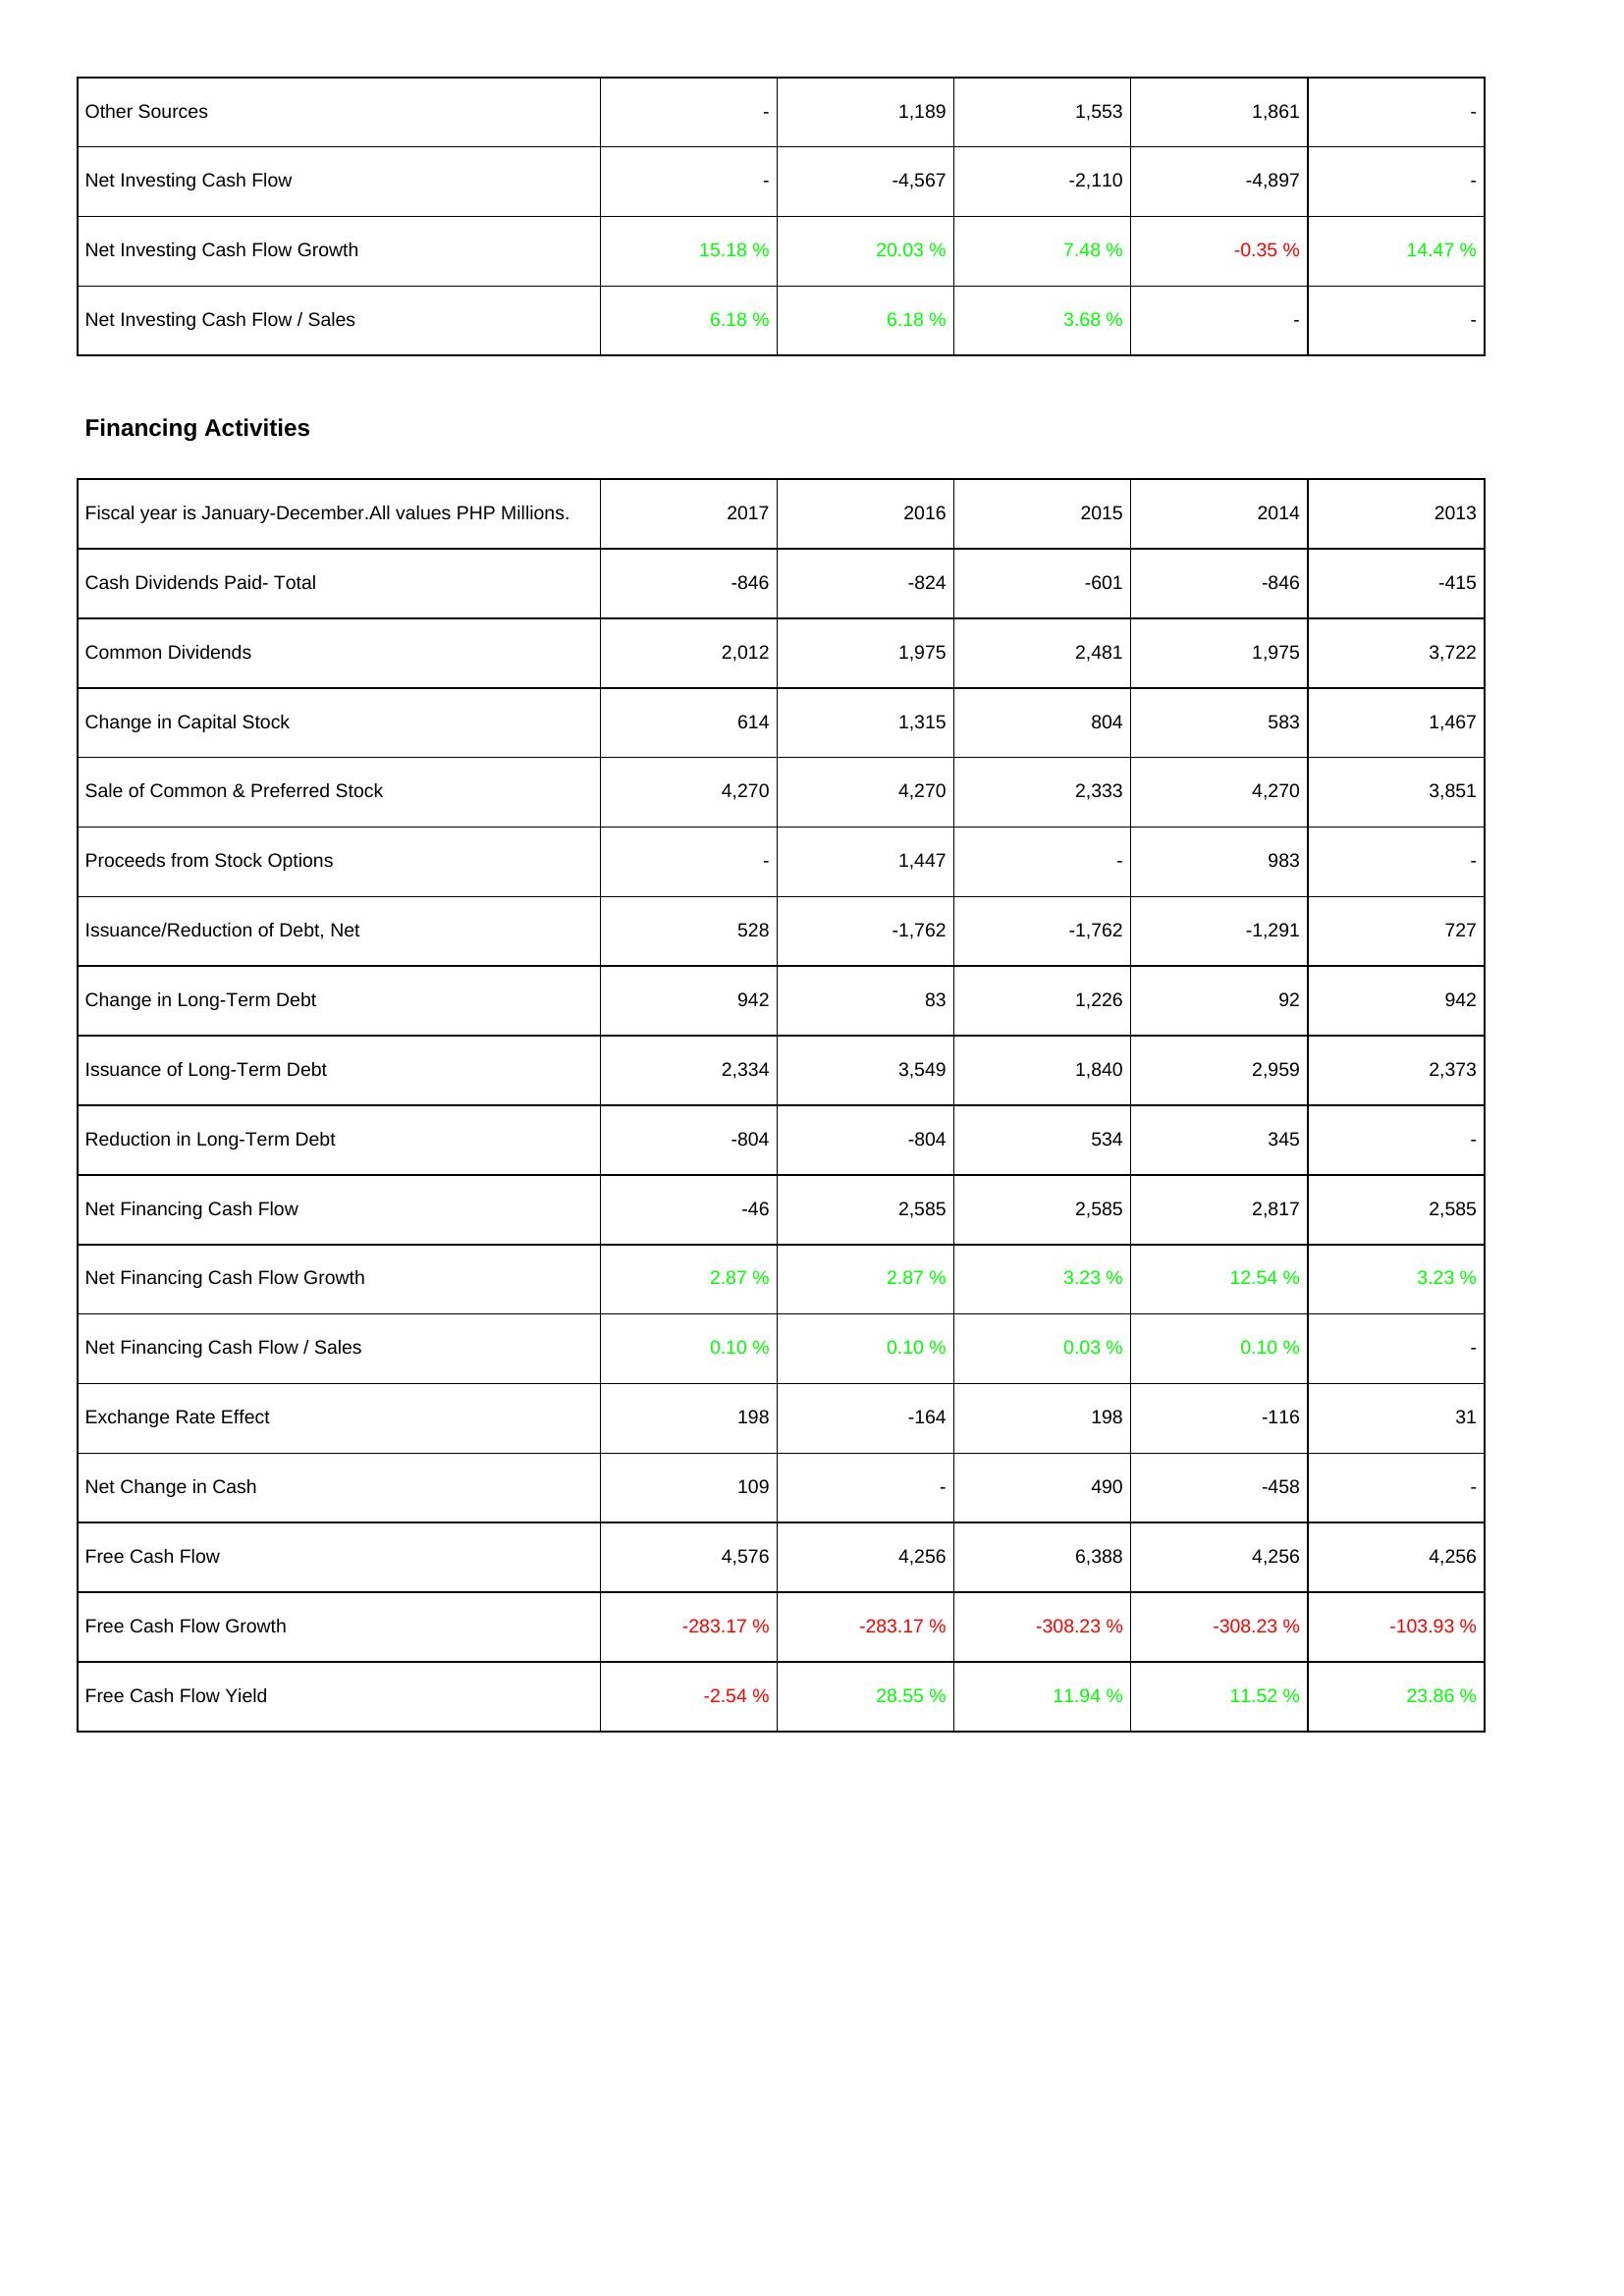
2017: Investing Activities: Other Sources: -
Net Investing Cash Flow: -
Net Investing Cash Flow Growth: 15.18 %
Net Investing Cash Flow / Sales: 6.18 %
Financing Activities: Cash Dividends Paid- Total: -846
Common Dividends: 2,012
Change in Capital Stock: 614
Sale of Common & Preferred Stock: 4,270
Proceeds from Stock Options: -
Issuance/Reduction of Debt, Net: 528
Change in Long-Term Debt: 942
Issuance of Long-Term Debt: 2,334
Reduction in Long-Term Debt: -804
Net Financing Cash Flow: -46
Net Financing Cash Flow Growth: 2.87 %
Net Financing Cash Flow / Sales: 0.10 %
Exchange Rate Effect: 198
Net Change in Cash: 109
Free Cash Flow: 4,576
Free Cash Flow Growth: -283.17 %
Free Cash Flow Yield: -2.54 %
2016: Investing Activities: Other Sources: 1,189
Net Investing Cash Flow: -4,567
Net Investing Cash Flow Growth: 20.03 %
Net Investing Cash Flow / Sales: 6.18 %
Financing Activities: Cash Dividends Paid- Total: -824
Common Dividends: 1,975
Change in Capital Stock: 1,315
Sale of Common & Preferred Stock: 4,270
Proceeds from Stock Options: 1,447
Issuance/Reduction of Debt, Net: -1,762
Change in Long-Term Debt: 83
Issuance of Long-Term Debt: 3,549
Reduction in Long-Term Debt: -804
Net Financing Cash Flow: 2,585
Net Financing Cash Flow Growth: 2.87 %
Net Financing Cash Flow / Sales: 0.10 %
Exchange Rate Effect: -164
Net Change in Cash: -
Free Cash Flow: 4,256
Free Cash Flow Growth: -283.17 %
Free Cash Flow Yield: 28.55 %
2015: Investing Activities: Other Sources: 1,553
Net Investing Cash Flow: -2,110
Net Investing Cash Flow Growth: 7.48 %
Net Investing Cash Flow / Sales: 3.68 %
Financing Activities: Cash Dividends Paid- Total: -601
Common Dividends: 2,481
Change in Capital Stock: 804
Sale of Common & Preferred Stock: 2,333
Proceeds from Stock Options: -
Issuance/Reduction of Debt, Net: -1,762
Change in Long-Term Debt: 1,226
Issuance of Long-Term Debt: 1,840
Reduction in Long-Term Debt: 534
Net Financing Cash Flow: 2,585
Net Financing Cash Flow Growth: 3.23 %
Net Financing Cash Flow / Sales: 0.03 %
Exchange Rate Effect: 198
Net Change in Cash: 490
Free Cash Flow: 6,388
Free Cash Flow Growth: -308.23 %
Free Cash Flow Yield: 11.94 %
2014: Investing Activities: Other Sources: 1,861
Net Investing Cash Flow: -4,897
Net Investing Cash Flow Growth: -0.35 %
Net Investing Cash Flow / Sales: -
Financing Activities: Cash Dividends Paid- Total: -846
Common Dividends: 1,975
Change in Capital Stock: 583
Sale of Common & Preferred Stock: 4,270
Proceeds from Stock Options: 983
Issuance/Reduction of Debt, Net: -1,291
Change in Long-Term Debt: 92
Issuance of Long-Term Debt: 2,959
Reduction in Long-Term Debt: 345
Net Financing Cash Flow: 2,817
Net Financing Cash Flow Growth: 12.54 %
Net Financing Cash Flow / Sales: 0.10 %
Exchange Rate Effect: -116
Net Change in Cash: -458
Free Cash Flow: 4,256
Free Cash Flow Growth: -308.23 %
Free Cash Flow Yield: 11.52 %
2013: Investing Activities: Other Sources: -
Net Investing Cash Flow: -
Net Investing Cash Flow Growth: 14.47 %
Net Investing Cash Flow / Sales: -
Financing Activities: Cash Dividends Paid- Total: -415
Common Dividends: 3,722
Change in Capital Stock: 1,467
Sale of Common & Preferred Stock: 3,851
Proceeds from Stock Options: -
Issuance/Reduction of Debt, Net: 727
Change in Long-Term Debt: 942
Issuance of Long-Term Debt: 2,373
Reduction in Long-Term Debt: -
Net Financing Cash Flow: 2,585
Net Financing Cash Flow Growth: 3.23 %
Net Financing Cash Flow / Sales: -
Exchange Rate Effect: 31
Net Change in Cash: -
Free Cash Flow: 4,256
Free Cash Flow Growth: -103.93 %
Free Cash Flow Yield: 23.86 %